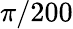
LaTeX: \pi/200